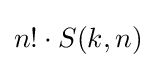
n!\cdot S(k,n)